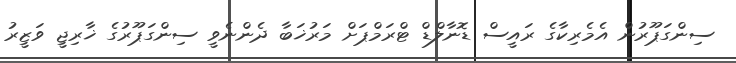
ސިންގަޕޫރުން އެމެރިކާގެ ރައީސް ޑޮނާލްޑް ޓްރަމްޕަށް މަރުޚަބާ ދެންނެވީ ސިންގަޕޫރުގެ ޚާރިޖީ ވަޒީރު